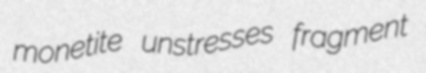
monetite unstresses fragment